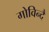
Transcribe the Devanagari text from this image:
गोविन्दै